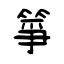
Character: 箏